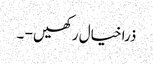
ذرا خیال رکھیں - ۔